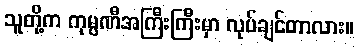
သူတို့က ကုမ္ပဏီအကြီးကြီးမှာ လုပ်ချင်တာလား။